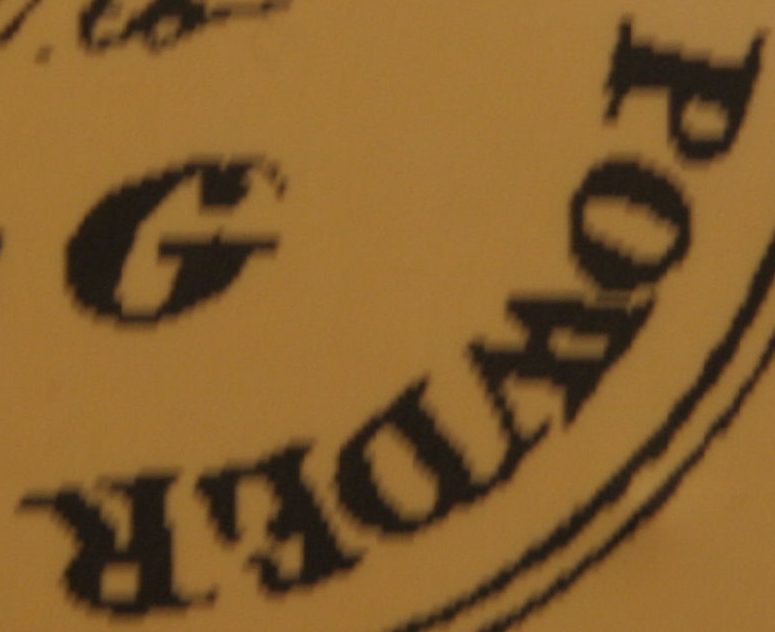
POWDER